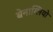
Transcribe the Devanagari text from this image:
बेनाग्लियो